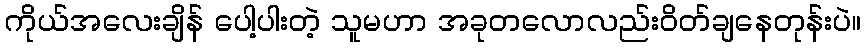
ကိုယ်အလေးချိန် ပေါ့ပါးတဲ့ သူမဟာ အခုတလောလည်းဝိတ်ချနေတုန်းပဲ။